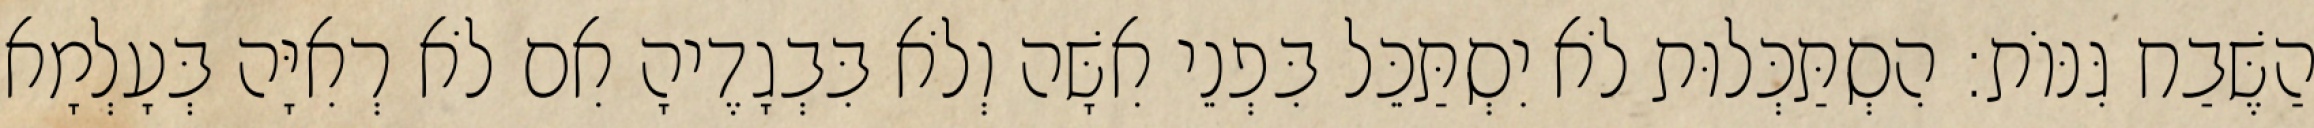
הַשֶּׁבַח גִּנּוֹת: הִסְתַּכְּלוּת לֹא יִסְתַּכֵּל בִּפְנֵי אִשָּׁה וְלֹא בִּבְגָדֶיהָ אִם לֹא רְאִיָּה בְּעָלְמָא